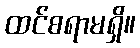
ထင်စရာမရှိ။